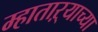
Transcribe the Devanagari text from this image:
म्हाताऱ्याच्या